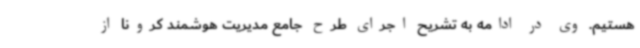
هستیم. وی در ادامه به تشریح اجرای طرح جامع مدیریت هوشمند کرونا از